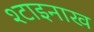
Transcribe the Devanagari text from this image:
श्टाइनाख